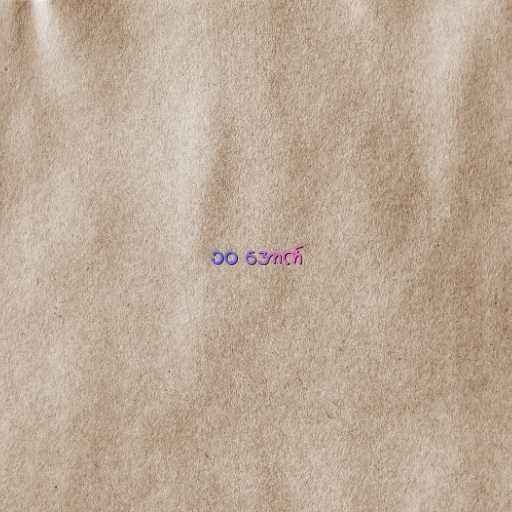
၁၀ အောက်